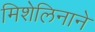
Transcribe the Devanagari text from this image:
मिशेलिनाने